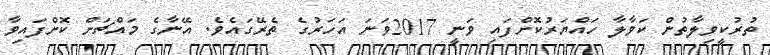
ތުރުކީވިލާތުން ކަވާލާ ހައްޔަރުކޮށްފައި ވަނީ 2017ވަނަ އަހަރުގެ ތެރޭގައެވެ. އޭނާގެ މައްޗަށް ކޮށްފައިވާ